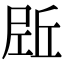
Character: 𡲌